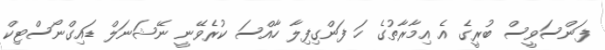
ފަންސަވީސް ބުރީގެ އެ އިމާރާތުގެ ހަ ފަންގިފިލާ ހާއްސަ ކުރެވޭނީ ނޭޝަނަލް ޑައިގްނޯސްޓިކް